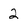
Character: 2